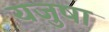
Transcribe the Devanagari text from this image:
यजुषा